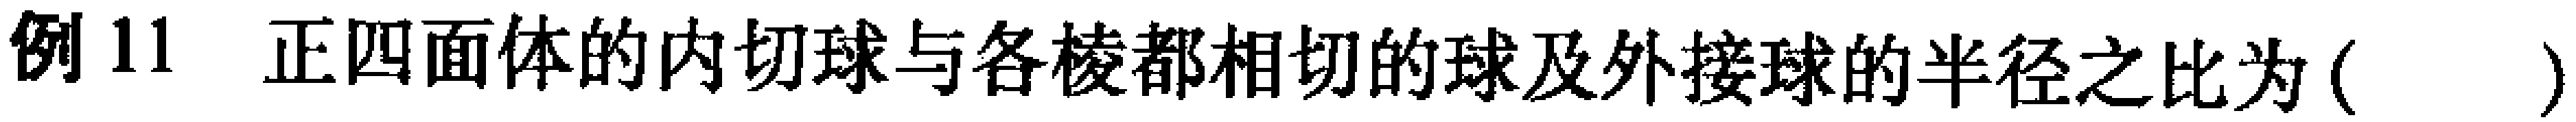
例 11 正四面体的内切球与各棱都相切的球及外接球的半径之比为( )